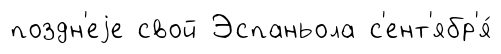
поздн'еjе свой Эспаньола с'ент'ябр'я́